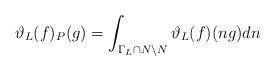
LaTeX: \begin{align*}\vartheta_L(f)_P(g)=\int_{\Gamma_L\cap N\backslash N}\vartheta_L(f)(ng)dn\end{align*}